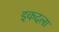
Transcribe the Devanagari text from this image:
इकदला